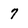
Character: 7